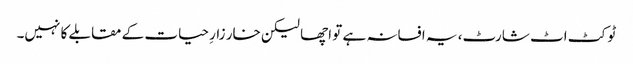
ٹو کٹ اٹ شارٹ، یہ افسانہ ہے تو اچھا لیکن خار زارِ حیات کے مقابلے کا نہیں۔